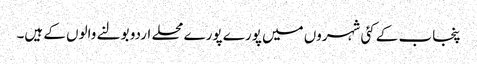
پنجاب کے کئی شہروں میں پورے پورے محلے اردو بولنے والوں کے ہیں۔